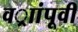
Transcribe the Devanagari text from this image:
वर्ाांपूवी